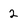
Character: 2